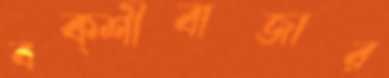
বক্শীবাজার